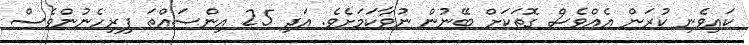
ކައިވެނި ކުރަން އެއްވެސް ގޮތަކަށް ބޭނުން ނުވާކަމަށެވެ. އަދި 25 އިންސައްތަ ފިރިހެނުންވެސް